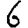
Digit: 6